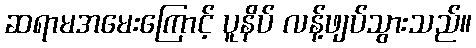
ဆရာမအမေးကြောင့် ပူနိပ် လန့်ဖျပ်သွားသည်။